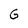
Character: G